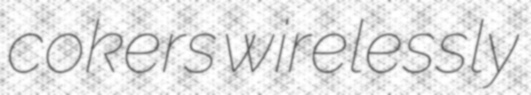
cokers wirelessly